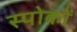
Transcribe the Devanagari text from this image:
स्पोकों